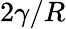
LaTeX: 2\gamma/R